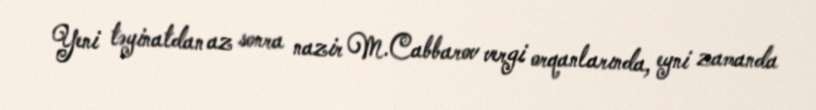
Yeni təyinatdan az sonra nazir M.Cabbarov vergi orqanlarında, eyni zamanda